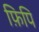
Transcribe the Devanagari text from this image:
फ़िपि